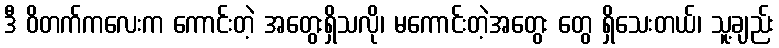
ဒီ ဝိတက်ကလေးက ကောင်းတဲ့ အတွေးရှိသလို၊ မကောင်းတဲ့အတွေး တွေ ရှိသေးတယ်၊ သူ့ချည်း